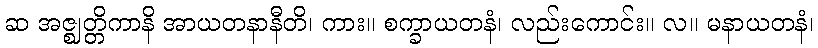
ဆ အဇ္ဈတ္တိကာနိ အာယတနာနီတိ၊ ကား။ စက္ခာယတနံ၊ လည်းကောင်း။ လ။ မနာယတနံ၊